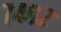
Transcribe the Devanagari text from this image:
७४०२